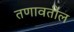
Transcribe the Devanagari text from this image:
तणावतील